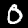
Digit: 0